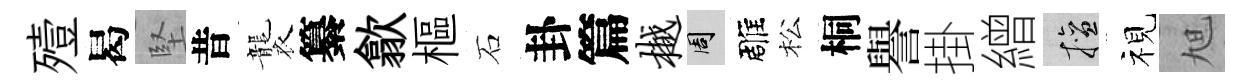
殪曷堅昔襲纂歙樞石卦篇樾周雕松桐譽掛繒擅视旭